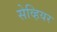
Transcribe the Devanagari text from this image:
सेव्हियर